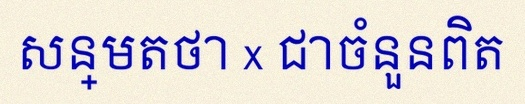
សន្មតថា x ជាចំនួនពិត